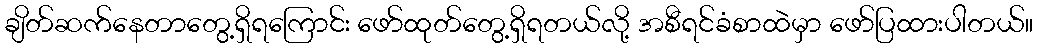
ချိတ်ဆက်နေတာတွေ့ရှိရကြောင်း ဖော်ထုတ်တွေ့ရှိရတယ်လို့ အစီရင်ခံစာထဲမှာ ဖော်ပြထားပါတယ်။